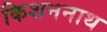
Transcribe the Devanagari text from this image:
किशननाथ